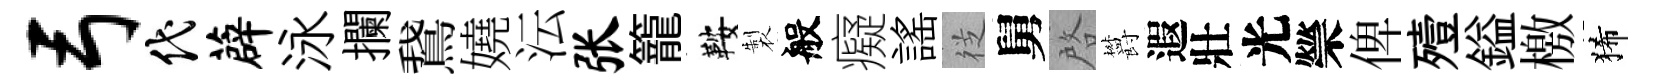
弓代薜泳攔鵞嬈沄张籠鞍製般癡謡徔舅啓欝遐壯光禜俾殪鎰檄狶